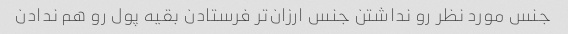
جنس مورد نظر رو نداشتن جنس ارزان‌تر فرستادن بقیه پول رو هم ندادن